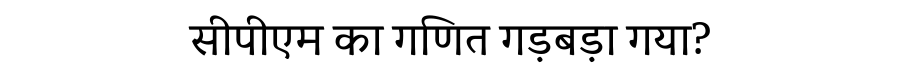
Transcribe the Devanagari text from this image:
सीपीएम का गणित गड़बड़ा गया?